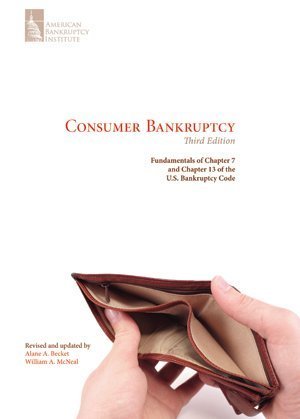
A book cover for Consumer Bankruptcy: Fundamentals of Chapter 7 and Chapter 13 of the U.S. Bankruptcy Code, Third Edi; Alane A. Becket; Law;